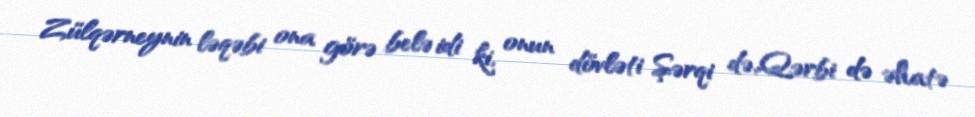
Zülqərneynin ləqəbi ona görə belə idi ki, onun dövləti Şərqi də,Qərbi də əhatə